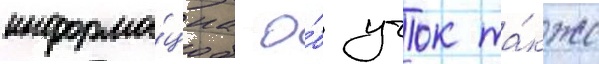
информа́циа о́б учок та́кже